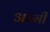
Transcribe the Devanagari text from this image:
अम्मी